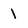
Character: 1